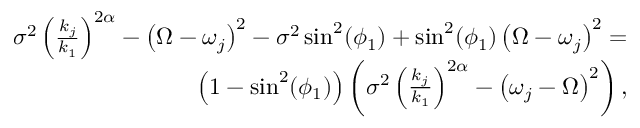
\begin{array} { r } { \sigma ^ { 2 } \left( \frac { k _ { j } } { k _ { 1 } } \right) ^ { 2 \alpha } - \left( \Omega - \omega _ { j } \right) ^ { 2 } - \sigma ^ { 2 } \sin ^ { 2 } ( \phi _ { 1 } ) + \sin ^ { 2 } ( \phi _ { 1 } ) \left( \Omega - \omega _ { j } \right) ^ { 2 } = } \\ { \left( 1 - \sin ^ { 2 } ( \phi _ { 1 } ) \right) \left( \sigma ^ { 2 } \left( \frac { k _ { j } } { k _ { 1 } } \right) ^ { 2 \alpha } - \left( \omega _ { j } - \Omega \right) ^ { 2 } \right) , } \end{array}